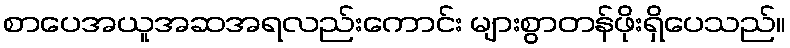
စာပေအယူအဆအရလည်းကောင်း များစွာတန်ဖိုးရှိပေသည်။